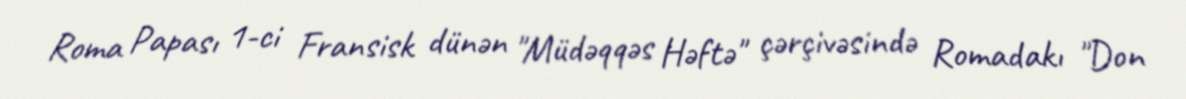
Roma Papası 1-ci Fransisk dünən "Müdəqqəs Həftə" çərçivəsində Romadakı "Don